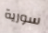
سورية